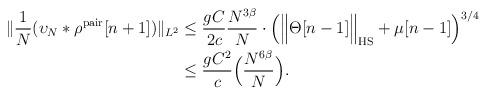
LaTeX: \begin{align*}\|\frac{1}{N}(\upsilon_N\ast \rho^\mathrm{pair}[n+1])\|_{L^2} &\le \frac{gC}{2c}\frac{N^{3\beta}}{N}\cdot \Big(\Big\|\Theta[n-1]\Big\|_\mathrm{HS}+\mu[n-1]\Big)^{3/4}\\&\le \frac{gC^2}{c} \Big(\frac{N^{6\beta}}{N}\Big).\end{align*}